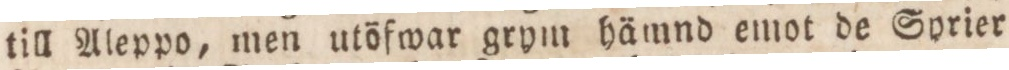
till Aleppo, men utöfwar grym hämnd emot de Syrier